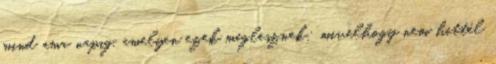
mind ama napig, amelyen ezek meglesznek: mivelhogy nem hittél